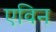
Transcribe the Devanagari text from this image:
एविन